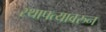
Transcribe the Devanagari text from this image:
स्थापत्यावरुन